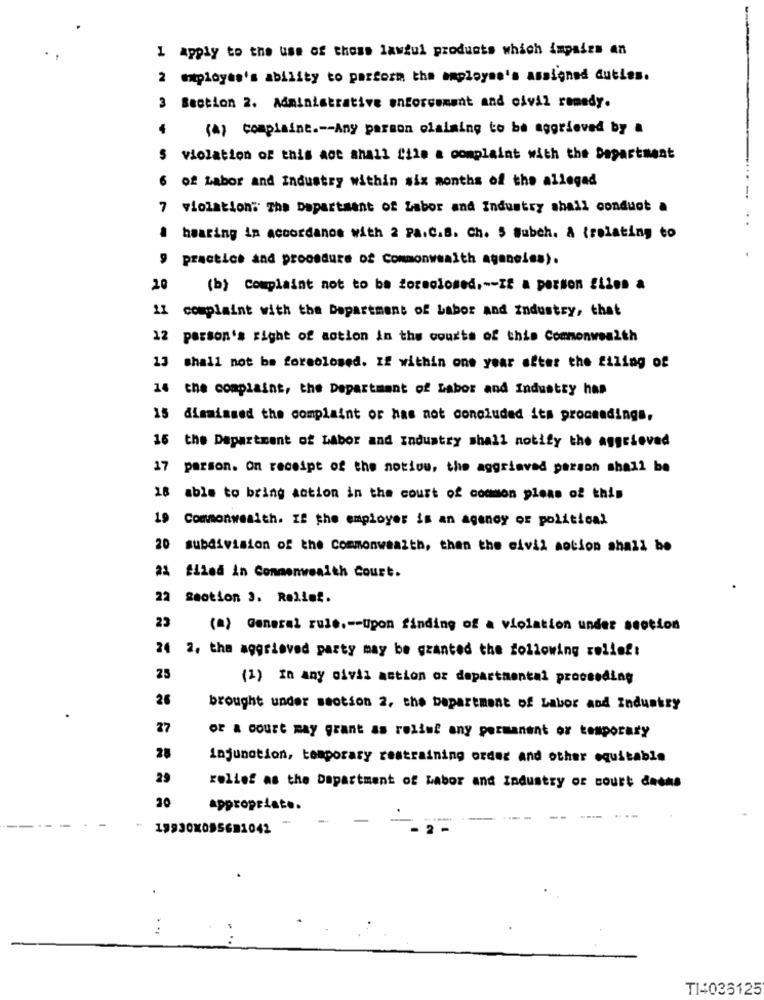
.
1 apply to the use of those lawful products which impairs an
2 miployas's ability to perform the employee's assigned duties.
3 Section 2. Administrative enforcement and civil remedy.
4
(4) complaint .-- Any parson claiming to be aggrieved by a
$ violation of this act shall file a complaint with the Department
6 of Labor and Industry within six months of the alleged
7 violations The Department of Labor and Industry shall conduct a
hearing in accordance with 2 Pa.C.S. Ch. $ Subch. A (relating to
9 practice and procedure of Commonwealth aganeles).
20
(b) Complaint not to be foreclosed ,-- IS a person filen a
11 complaint with the Department of Labor and industry, that
12 person's right of action in the courts of this Commonwealth
13 shall not be foreclosed. If within one year after the filing of
14 the complaint, the Department of Labor and Industry has
15 dismissed the complaint or has not concluded its proceedings,
16 the Department of Labor and Industry shall notify the aggrieved
17 person. On receipt of the notion, the aggrieved person shall be
is able to bring action in the court of common pleas of this
19 Commonwealth. If the employer is an agency of political
20 subdivision of the Commonwealth, than the civil action shall be
21 filed in Commonwealth Court.
22 Section 3. Relief.
23
(a) General rule .-- Upon finding of a violation under section
24 2. the aggrieved party may be granted the following relief:
25
(1) In any civil action or departmental proceeding
26
brought under section 2, the bapartment of Labor and Industry
27
or a court may grant as relief any permanent or temporary
28
injunction, temporary restraining order and other equitable
29
relief as the Department of Labor and Industry of court daens
20
appropriate.
-
19930X095691042
2
TI4036125